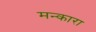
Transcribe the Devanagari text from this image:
मन्कारा